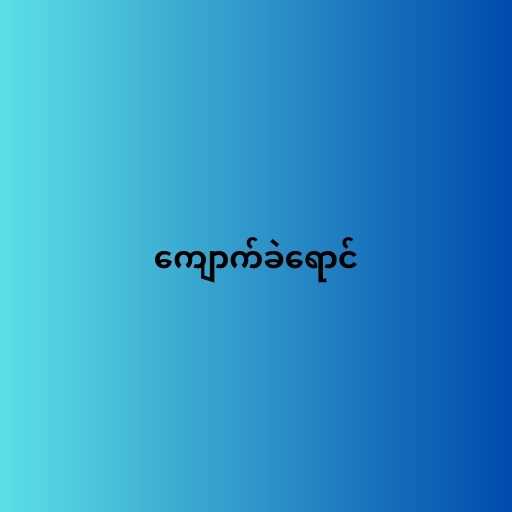
ကျောက်ခဲရောင်